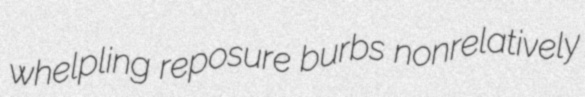
whelpling reposure burbs nonrelatively